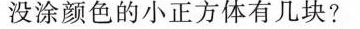
没涂颜色的小正方体有几块?